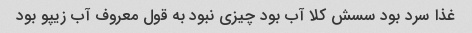
غذا سرد بود سسش کلا آب بود چیزی نبود به قول معروف آب زیپو بود